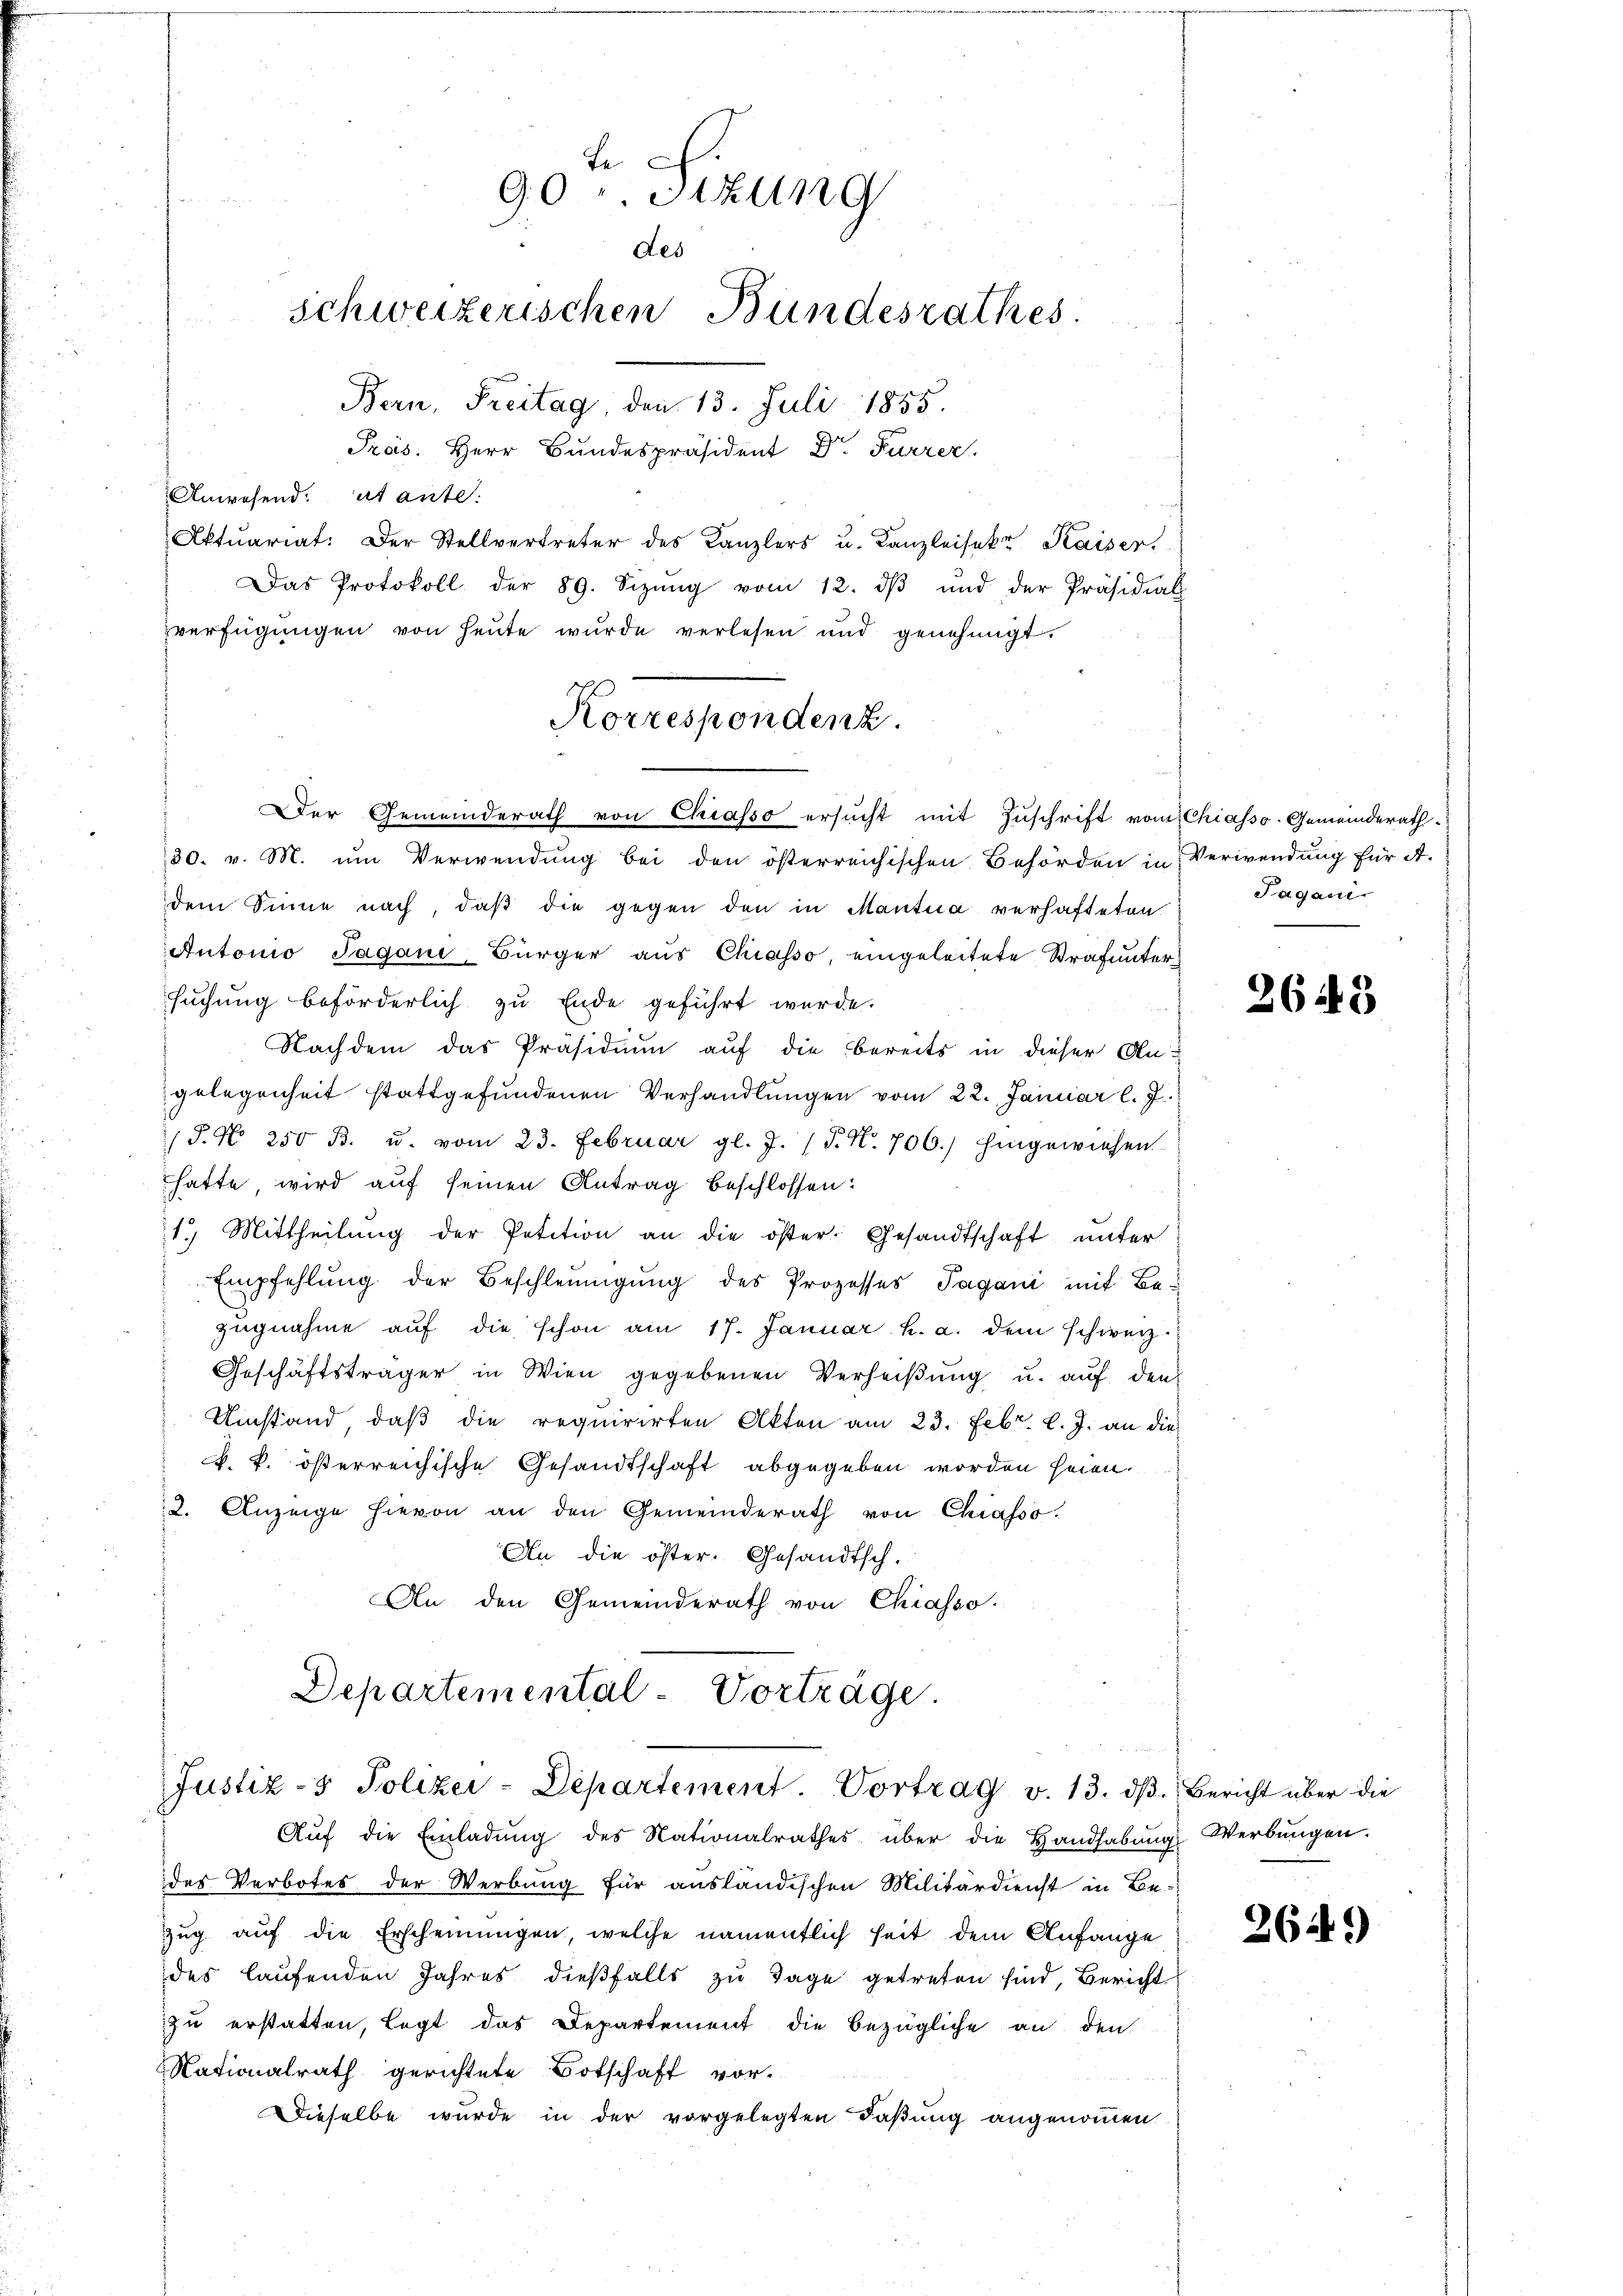
90 u. Sitzung
des
Schweizerischen Bundesrathes
Bern, Freitag, den 13. Juli 1855.
Pras. Herr Bundespräsident Dr. Furrer.
Anwesend: et ante.
Aktuariat. Der Stellvertreter des Kanzlers u. Kanzleisekt Kaiser

Das Protokoll der 89. Sizŭng vom 12. dβ ŭnd der Präsidial
verfügungen von heute wurde verlesen und genehmigt.
Der Gemeinderath von Chiasso ersucht mit Zuschrift vom Chiasso-Gemeinderath
30. v. M. um Verwendung bei den österreichischen Behörden in Verwendung für A.
dem Sinne nach, daβ die gegen den in Mantua verhafteten
Autonio Sagani, Bürger aus Chiasso, eingeleitete Strafuntersuchung beförderlich zu Ende geführt werde.
Nachdem das Präsidium auf die bereits in dieser Angelegenheit stattgefundenen Verhandlungen vom 22. Januar l. J.
/J. N. 250 B. u. vom 23. Februar gl. J. (T. N. 706.) hingewiesen.
hatte wird auf seinen Antrag beschlossen:
1.) Mittheilŭng der Petition an die öster: Gesandtschaft unter
Empfehlung der Beschleunigung des Prozesses Pagani mit Be-
zugnahme aŭf die schon am 17. Januar h. a. dem schwerz-
Geschäftsträger, in Wien gegebenen Verheißung u. auf den
Umstand, daß die requirirten Akten am 23. Febr. l. J. an die
k. k. österreichische Gesandtschaft abgegeben worden seien.
2. Anzeige hievon an den Gemeinderath von Chiasso.
An die öster. Gesandtsch.
An den Gemeinderath von Chiasso.

Korrespondenz.

Departemental-Vorträge.
Justiz- & Polizei-Departement. Vortrag v. 13. dβ. Bericht über die

Aŭf die Einladŭng des Nationalrathes über die Handhabŭng Werbungen.
des Verbotes der Werbung für ausländischen Militärdienst in Be-
zug auf die Erscheinungen, welche namentlich seit dem Anfange
des laufenden Jahres dießfalls zu Tage getreten sind, Bericht
zu erstatten, legt das Departement die bezügliche an den
Nationalrath gerichtete Botschaft vor-
Dieselbe wurde in der vorgelegten Faßung angenommen

Tagani

2643

2649)